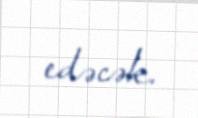
edəcək.